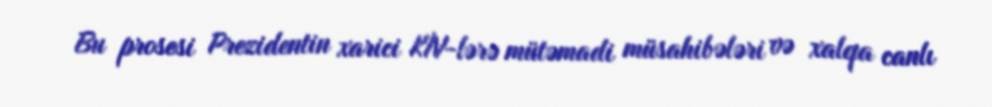
Bu prosesi Prezidentin xarici KİV-lərə mütəmadi müsahibələri və xalqa canlı